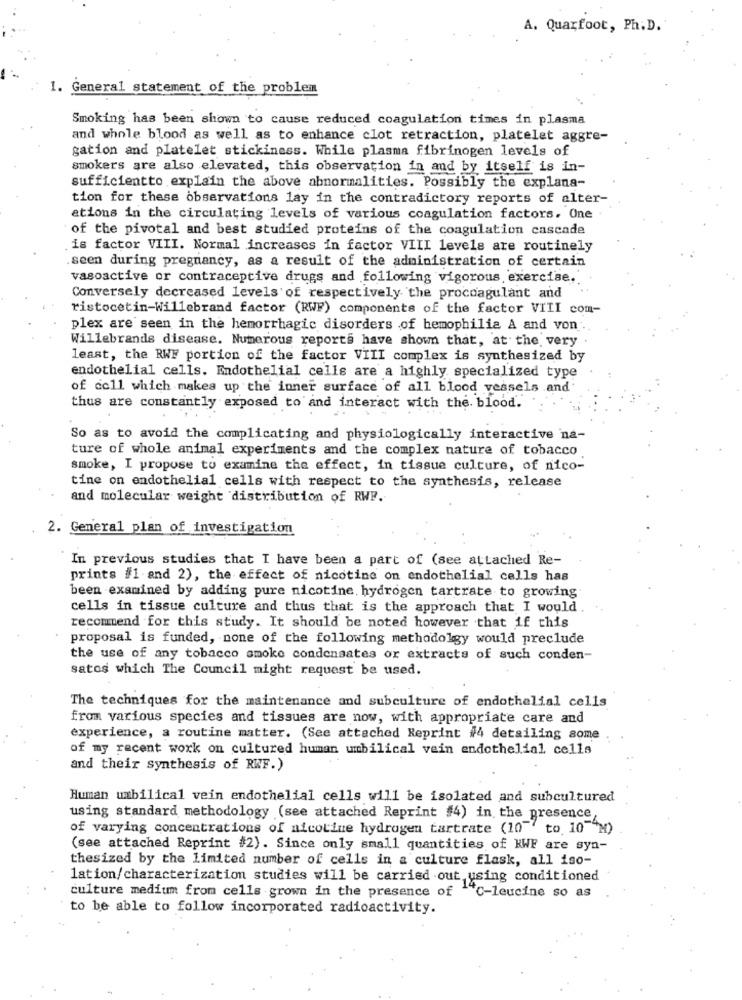
A. Quarfoot, Ph.D.
1. General statement of the problem
Smoking has been shown to cause reduced coagulation times in plasma
and whole blood as well as to enhance clot retraction, platelet aggre-
gation and platelet stickiness. While plasma fibrinogen levels of
smokers are also elevated, this observation in and by itself is in-
sufficientto explain the above abnormalities. Possibly the explana-
tion for these observations lay in the contradictory reports of alter-
ations in the circulating levels of various coagulation factors. One
of the pivotal and best studied proteins of the coagulation cascade
is factor VIII. Normal increases in factor VIII levels are routinely
seen during pregnancy, as a result of the administration of certain
vasoactive or contraceptive drugs and following vigorous, exercise."
Conversely decreased levels of respectively the procoagulant and
ristocetin-Willebrand factor (RWF) components of the factor VIII com-
plex are seen in the hemorrhagic disorders of hemophilia A and von
Willebrands disease. Numerous reports have shown that, at the very
least, the RWF portion of the factor VIII complex is synthesized by
endothelial cells. Endothelial cells are a highly specialized type
of cell which makes up the inner surface of all blood vessels and
thus are constantly exposed to and interact with the. blood.
So as to avoid the complicating and physiologically interactive na-
ture of whole animal experiments and the complex nature of tobacco
smoke, I propose to examine the effect, in tissue culture, of nico-
tine on endothelial cells with respect to the synthesis, release
and molecular weight distribution of RWF.
2. General plan of investigation
In previous studies that I have been a part of (see attached Re-
prints #1 and 2), the effect of nicotine on endothelial cells has
been examined by adding pure nicotine, hydrogen tartrate to growing
cells in tissue culture and thus that is the approach that I would
recommend for this study. It should be noted however that if this
proposal is funded, none of the following methodolgy would preclude
the use of any tobacco smoke condensates or extracts of such conden-
satos which The Council might request be used.
The techniques for the maintenance and subculture of endothelial cells
from various species and tissues are now, with appropriate care and
experience, a routine matter. (See attached Reprint #4 detailing some
of my recent work on cultured human umbilical vein endothelial cella
and their synthesis of RWF.)
Human umbilical vein endothelial cells will be isolated and subcultured
using standard methodology (see attached Reprint #4) in the presence,
of varying concentrations of nicotine hydrogen tartrate (10"" to 10 "M)
(see attached Reprint #2). Since only small quantities of KWF are syn-
thesized by the limited number of cells in a culture flask, all iso-
lation/characterization studies will be carried out using conditioned
culture medium from cells grown in the presence of ""C-leucine so as
to be able to follow incorporated radioactivity.